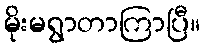
မိုးမရွာတာကြာပြီ။